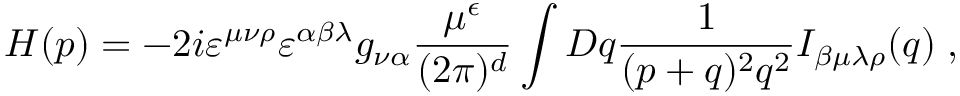
{ \cal H } ( p ) = - 2 i \varepsilon ^ { \mu \nu \rho } \varepsilon ^ { \alpha \beta \lambda } g _ { \nu \alpha } \frac { \mu ^ { \epsilon } } { ( 2 \pi ) ^ { d } } \int { \cal D } q \frac { 1 } { ( p + q ) ^ { 2 } q ^ { 2 } } I _ { \beta \mu \lambda \rho } ( q ) \; ,